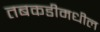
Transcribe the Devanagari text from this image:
तबकडीमधील